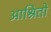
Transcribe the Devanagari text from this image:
आश्रितो